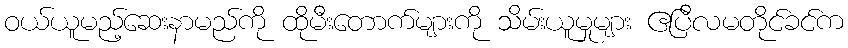
ဝယ်ယူမည့်ဆေးနာမည်ကို ထိုမီးတောက်များကို သိမ်းယူမှုများ ဧပြီလမတိုင်ခင်က